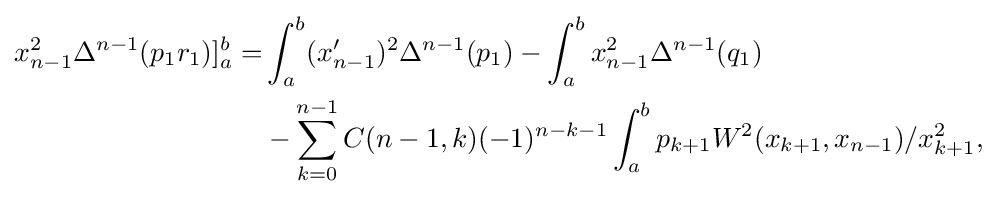
{\begin{aligned}x_{n-1}^{2}\Delta ^{n-1}(p_{1}r_{1})]_{a}^{b}=&\int _{a}^{b}(x_{n-1}^{\prime })^{2}\Delta ^{n-1}(p_{1})-\int _{a}^{b}x_{n-1}^{2}\Delta ^{n-1}(q_{1})\\&-\sum _{k=0}^{n-1}C(n-1,k)(-1)^{n-k-1}\int _{a}^{b}p_{k+1}W^{2}(x_{k+1},x_{n-1})/x_{k+1}^{2},\end{aligned}}